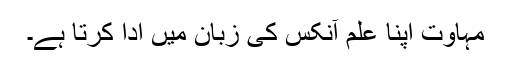
مہاوت اپنا علم آنکس کی زبان میں ادا کرتا ہے۔